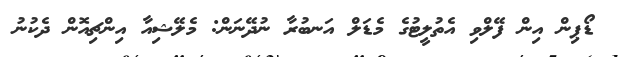
ޑޯޕިން އިން ފޭލްވި އެތުލީޓުގެ މެޑަލް އަނބުރާ ނުދޭނަން: މެލޭޝިއާ އިންޗިއޮން ދެކުނު